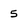
Character: 5